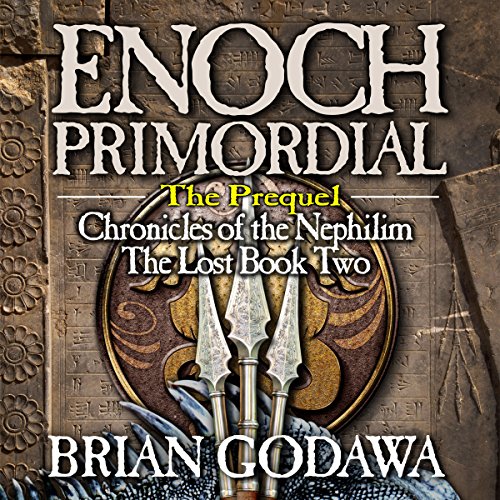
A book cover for Enoch Primordial: Chronicles of the Nephilim (Volume 2); Brian Godawa; Religion & Spirituality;